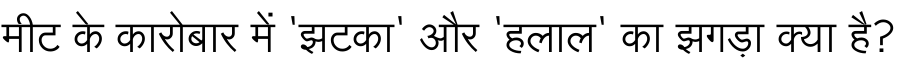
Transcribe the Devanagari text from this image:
मीट के कारोबार में 'झटका' और 'हलाल' का झगड़ा क्या है?